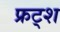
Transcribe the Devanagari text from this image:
फ्रट्श